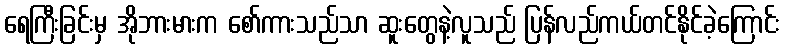
ရေကြီးခြင်းမှ အိုဘားမားက စော်ကားသည်သာ ဆူးတွေနဲ့လူသည် ပြန်လည်ကယ်တင်နိုင်ခဲ့ကြောင်း